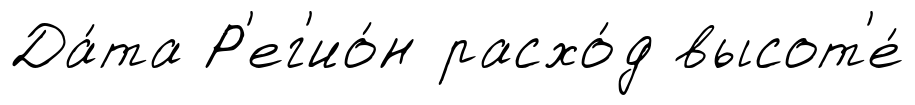
Да́та Р'ег'ио́н расхо́д высот'е́